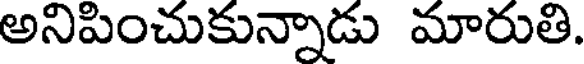
అనిపించుకున్నాడు మారుతి.